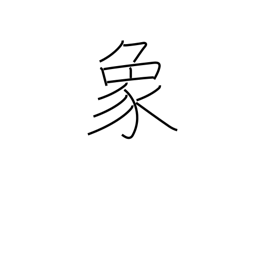
Meaning: elephant